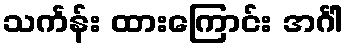
သင်္ကန်း ထားကြောင်း အင်္ဂါ